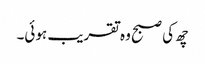
چھ کی صبح وہ تقریب ہوئی۔